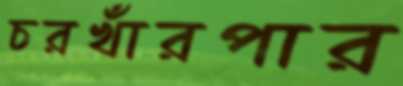
চরখাঁরপার